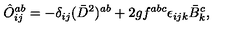
\hat { O } _ { i j } ^ { a b } = - \delta _ { i j } ( \bar { D } ^ { 2 } ) ^ { a b } + 2 g f ^ { a b c } \epsilon _ { i j k } \bar { B } _ { k } ^ { c } ,